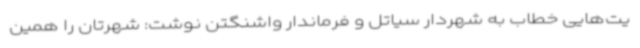
یت‌هایی خطاب به شهردار سیاتل و فرماندار واشنگتن نوشت: شهرتان را همین